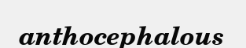
anthocephalous